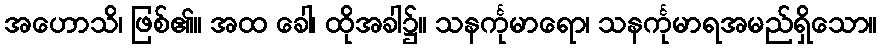
အဟောသိ၊ ဖြစ်၏။ အထ ခေါ၊ ထိုအခါ၌။ သနင်္ကုမာရော၊ သနင်္ကုမာရအမည်ရှိသော။